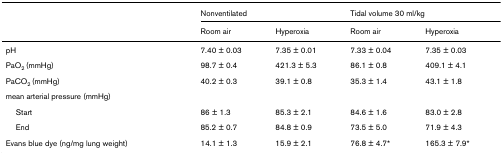
<table><thead><tr><td></td><td colspan="2"><b>Nonventilated</b></td><td colspan="2"><b>Tidal volume 30 ml/kg</b></td></tr><tr><td></td><td><b>Room air</b></td><td><b>Hyperoxia</b></td><td><b>Room air</b></td><td><b>Hyperoxia</b></td></tr></thead><tbody><tr><td>pH</td><td>7.40 ± 0.03</td><td>7.35 ± 0.01</td><td>7.33 ± 0.04</td><td>7.35 ± 0.03</td></tr><tr><td>PaO<sub>2 </sub>(mmHg)</td><td>98.7 ± 0.4</td><td>421.3 ± 5.3</td><td>86.1 ± 0.8</td><td>409.1 ± 4.1</td></tr><tr><td>PaCO<sub>2 </sub>(mmHg)</td><td>40.2 ± 0.3</td><td>39.1 ± 0.8</td><td>35.3 ± 1.4</td><td>43.1 ± 1.8</td></tr><tr><td>mean arterial pressure (mmHg)</td><td></td><td></td><td></td><td></td></tr><tr><td> Start</td><td>86 ± 1.3</td><td>85.3 ± 2.1</td><td>84.6 ± 1.6</td><td>83.0 ± 2.8</td></tr><tr><td> End</td><td>85.2 ± 0.7</td><td>84.8 ± 0.9</td><td>73.5 ± 5.0</td><td>71.9 ± 4.3</td></tr><tr><td>Evans blue dye (ng/mg lung weight)</td><td>14.1 ± 1.3</td><td>15.9 ± 2.1</td><td>76.8 ± 4.7*</td><td>165.3 ± 7.9*</td></tr></tbody></table>